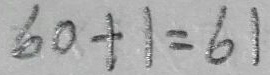
6 0 + 1 = 6 1